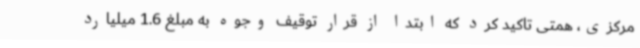
مرکزی، همتی تاکید کرد که ابتدا از قرار توقیف وجوه به مبلغ 1.6 میلیارد